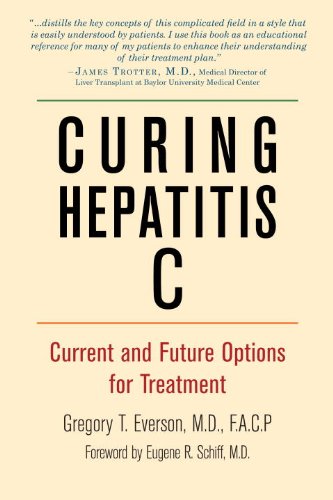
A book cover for Curing Hepatitis C: Current and Future Options for Treatment; Gregory T. Everson; Health, Fitness & Dieting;